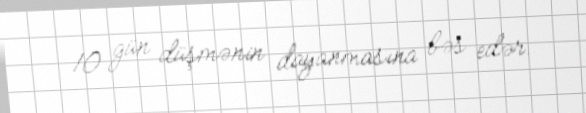
10 gün düşmənin dayanmasına bəs edər.